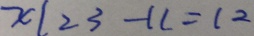
x \vert 2 3 - 1 1 = 1 2